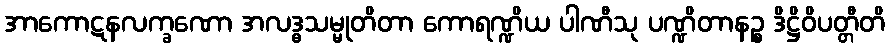
အာကောဋနလက္ခဏော အလဒ္ဓသမ္မုတိတာ ကောရဏ္ဍိယ ပါဏီသု ပဏ္ဍိတာနဉ္စ ဒိဋ္ဌိဝိပတ္တီတိ